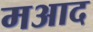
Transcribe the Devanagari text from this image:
मआद